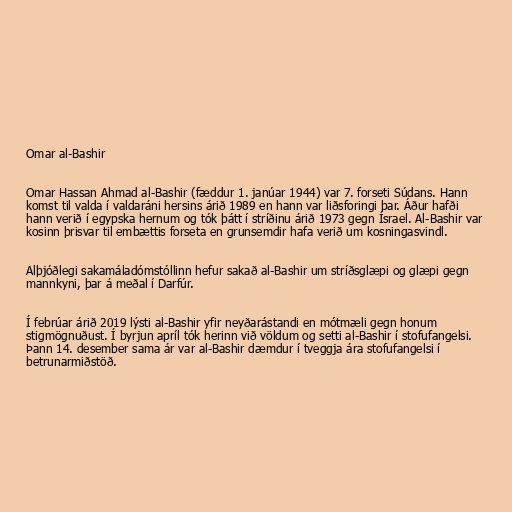
Omar al-Bashir

Omar Hassan Ahmad al-Bashir (fæddur 1. janúar 1944) var 7. forseti Súdans. Hann
komst til valda í valdaráni hersins árið 1989 en hann var liðsforingi þar. Áður hafði
hann verið í egypska hernum og tók þátt í stríðinu árið 1973 gegn Ísrael. Al-Bashir var
kosinn þrisvar til embættis forseta en grunsemdir hafa verið um kosningasvindl.

Alþjóðlegi sakamáladómstóllinn hefur sakað al-Bashir um stríðsglæpi og glæpi gegn
mannkyni, þar á meðal í Darfúr.

Í febrúar árið 2019 lýsti al-Bashir yfir neyðarástandi en mótmæli gegn honum
stigmögnuðust. Í byrjun apríl tók herinn við völdum og setti al-Bashir í stofufangelsi.
Þann 14. desember sama ár var al-Bashir dæmdur í tveggja ára stofufangelsi í
betrunarmiðstöð.